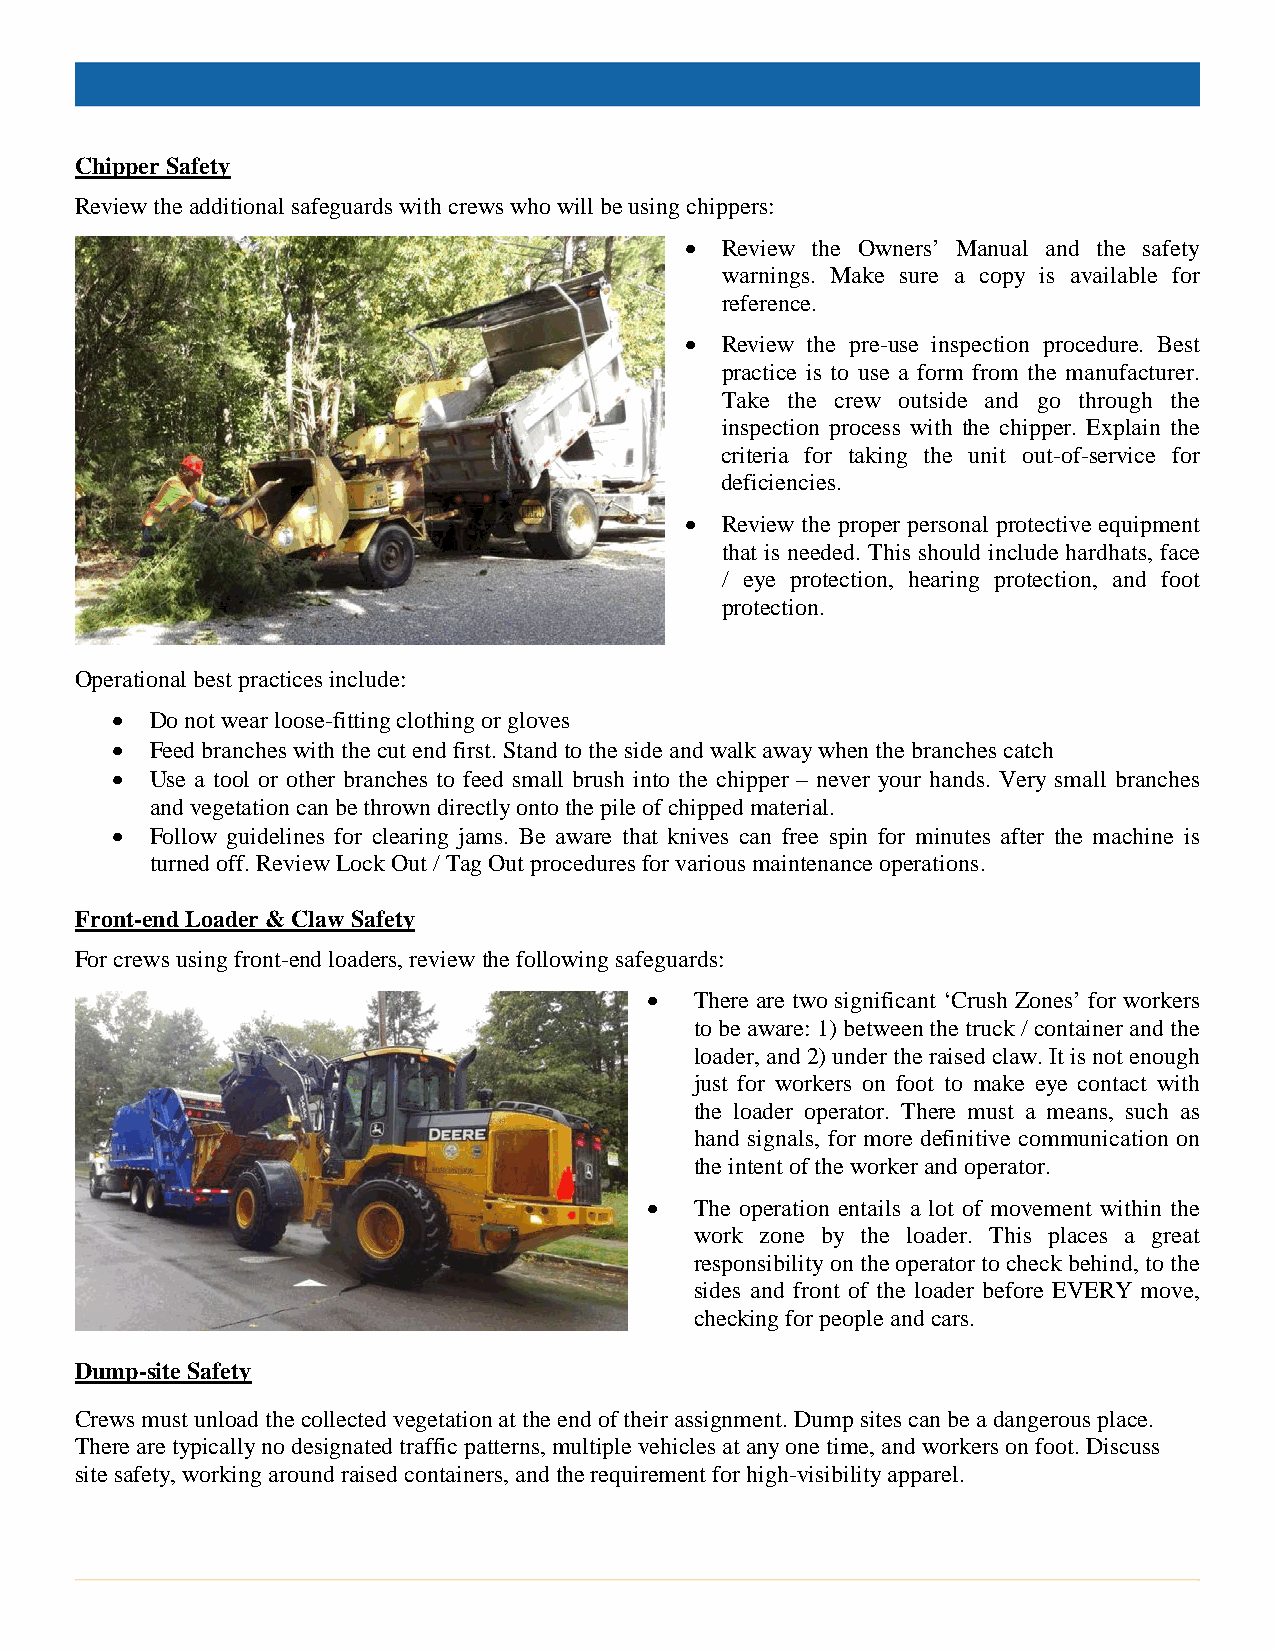
Chipper Safety
 Review the additional safeguards with crews who will be using chippers:
 •  Review the Owners’ Manual and the safety
 warnings. Make sure a copy is available for
 reference.
 •  Review the pre-use inspection procedure. Best
 practice is to use a form from the manufacturer.
 Take the crew outside and go through the
 inspection process with the chipper. Explain the
 criteria for taking the unit out-of-service for
 deficiencies.
 •  Review the proper personal protective equipment
 that is needed. This should include hardhats, face
 / eye protection, hearing protection, and foot
 protection.
 Operational best practices include:
 •  Do not wear loose-fitting clothing or gloves
 •  Feed branches with the cut end first. Stand to the side and walk away when the branches catch
 •  Use a tool or other branches to feed small brush into the chipper – never your hands. Very small branches
 and vegetation can be thrown directly onto the pile of chipped material.
 •  Follow guidelines for clearing jams. Be aware that knives can free spin for minutes after the machine is
 turned off. Review Lock Out / Tag Out procedures for various maintenance operations.
 Front-end Loader & Claw Safety
 For crews using front-end loaders, review the following safeguards:
 •  There are two significant ‘Crush Zones’ for workers
 to be aware: 1) between the truck / container and the
 loader, and 2) under the raised claw. It is not enough
 just for workers on foot to make eye contact with
 the loader operator. There must a means, such as
 hand signals, for more definitive communication on
 the intent of the worker and operator.
 •  The operation entails a lot of movement within the
 work zone by the loader. This places a great
 responsibility on the operator to check behind, to the
 sides and front of the loader before EVERY move,
 checking for people and cars.
 Dump-site Safety
 Crews must unload the collected vegetation at the end of their assignment. Dump sites can be a dangerous place.
 There are typically no designated traffic patterns, multiple vehicles at any one time, and workers on foot. Discuss
 site safety, working around raised containers, and the requirement for high-visibility apparel.